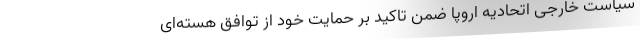
سیاست خارجی اتحادیه اروپا ضمن تاکید بر حمایت خود از توافق هسته‌ای